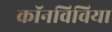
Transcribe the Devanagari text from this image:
कॉनविविया